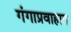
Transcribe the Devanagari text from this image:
गंगाप्रवाहात